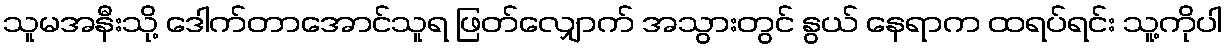
သူမအနီးသို့ ဒေါက်တာအောင်သူရ ဖြတ်လျှောက် အသွားတွင် နွယ် နေရာက ထရပ်ရင်း သူ့ကိုပါ